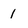
Character: 1